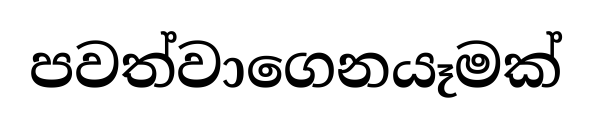
පවත්වාගෙනයෑමක්